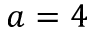
a = 4